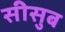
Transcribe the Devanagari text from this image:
सीसुब